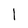
Character: 1